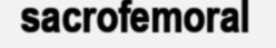
sacrofemoral